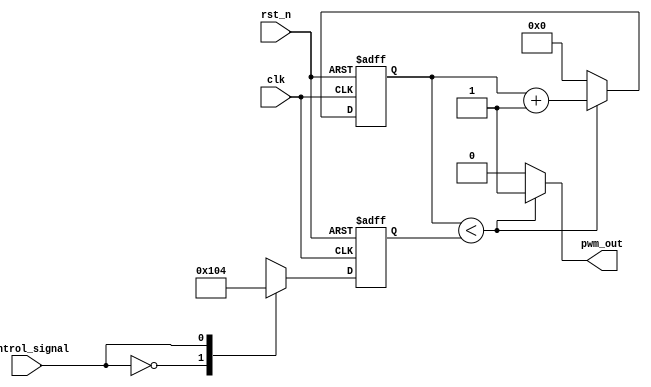
module pwm_timer(
    input wire clk,
    input wire rst_n,
    input wire control_signal,
    output reg pwm_out
);

reg [7:0] pulse_width;

always @(posedge clk or negedge rst_n) begin
    if(~rst_n) begin
        pulse_width <= 8'b00000000;
    end else begin
        case(control_signal)
            3'b000: pulse_width <= 8'b00000001; // Assign specific pulse width values for different control signal values
            3'b001: pulse_width <= 8'b00000100;
            3'b010: pulse_width <= 8'b00001000;
            3'b011: pulse_width <= 8'b00010000;
            default: pulse_width <= 8'b00000000;
        endcase
    end
end

reg [7:0] counter;

always @(posedge clk or negedge rst_n) begin
    if(~rst_n) begin
        counter <= 8'b00000000;
    end else begin
        if(counter < pulse_width) begin
            counter <= counter + 1;
        end else begin
            counter <= 8'b00000000;
        end
    end
end

assign pwm_out = (counter < pulse_width) ? 1'b1 : 1'b0;

endmodule